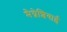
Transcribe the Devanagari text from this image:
मैग्नेशियाई